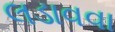
લડાવવા